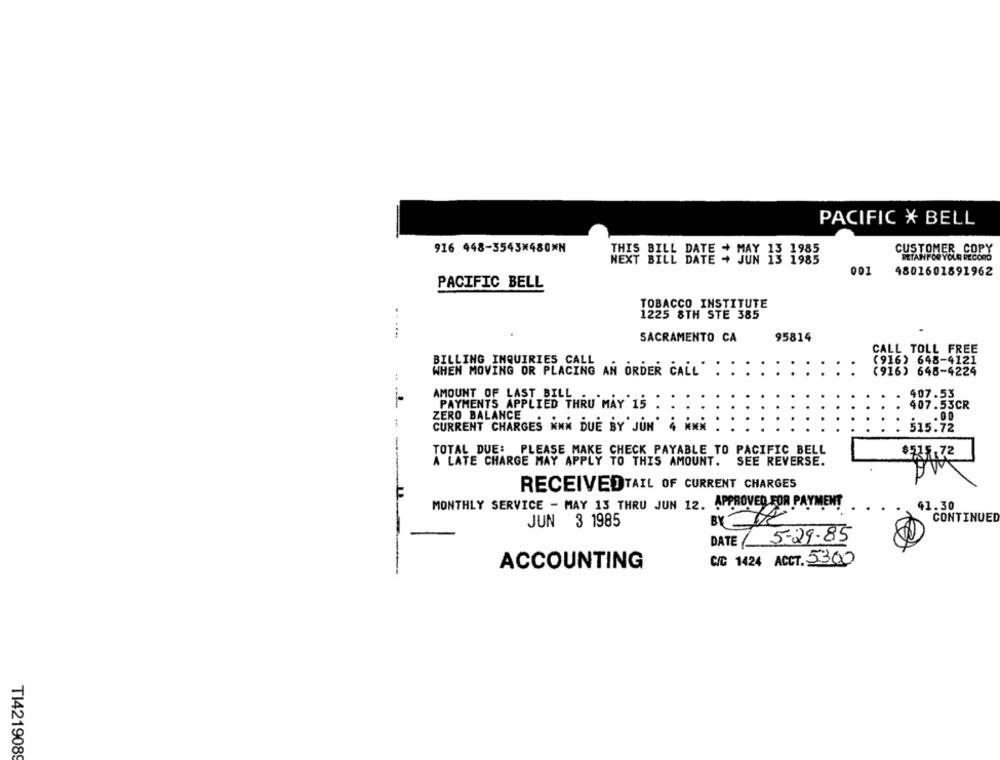
PACIFIC * BELL
916 448-3543×480*N
CUSTOMER COPY
RETAINFOR YOUR RECORD
THIS BILL BATE # SON 13 1983
NEXT
001
4801601891962
PACIFIC BELL
TOBACCO INSTITUTE
1225 8TH STE 385
SACRAMENTO CA
95814
CALL TOLL FREE
BILLING INQUIRIES CALL
(916) 648-4121
WHEN MOVING OR PLACING AN ORDER CALL"
: :
(916) 648-4224
AMOUNT OF LAST BILL .
407.53
--
PAYMENTS APPLIED THRU MAY 15 :
407.53CR
ZERO BALANCE
.00
CURRENT CHARGES NNN DUE BY' JUN'
515.72
TOTAL DUE: PLEASE MAKE CHECK PAYABLE TO PACIFIC BELL
72
A LATE CHARGE MAY APPLY TO THIS AMOUNT. SEE REVERSE.
RECEIVEDTAIL OF CURRENT CHARGES
MONTHLY SERVICE - MAY 13 THRU JUN 12. APPROVED FOR PAYMENT
$1.30
CONTINUED
JUN 3 1985
DATE ( 5-29-85
C/C 1424 ACCT. 5300
ACCOUNTING
TI421908